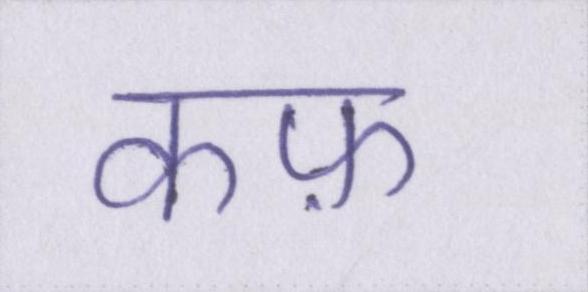
कफ़